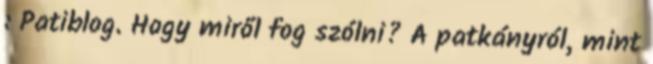
: Patiblog. Hogy miről fog szólni? A patkányról, mint